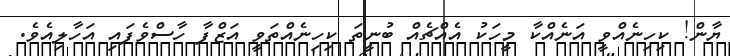
ޔާން! ކިހިނެއްވީ އަނެއްކާ މީހަކު އެއްޗެއް ބުނީތަ ކިހިނެއްތަވީ އަޒްފާ ހާސްވެފައި އަހާލިއެވެ.